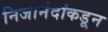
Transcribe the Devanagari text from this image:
निजानंदांकडून